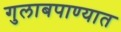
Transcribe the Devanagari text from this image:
गुलाबपाण्यात